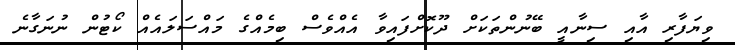
ވިޔަފާރި އާއި ސިނާއީ ބޭނުންތަކަށް ދޫކޮށްފައިވާ އެއްވެސް ބިމެއްގެ މައްސަލައެއް ކޯޓުން ނުނަގާނެ